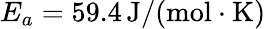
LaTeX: E_{a}=59.4\, \mathrm{J/(mol\cdot K)}